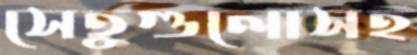
সেতুগুলোসহ